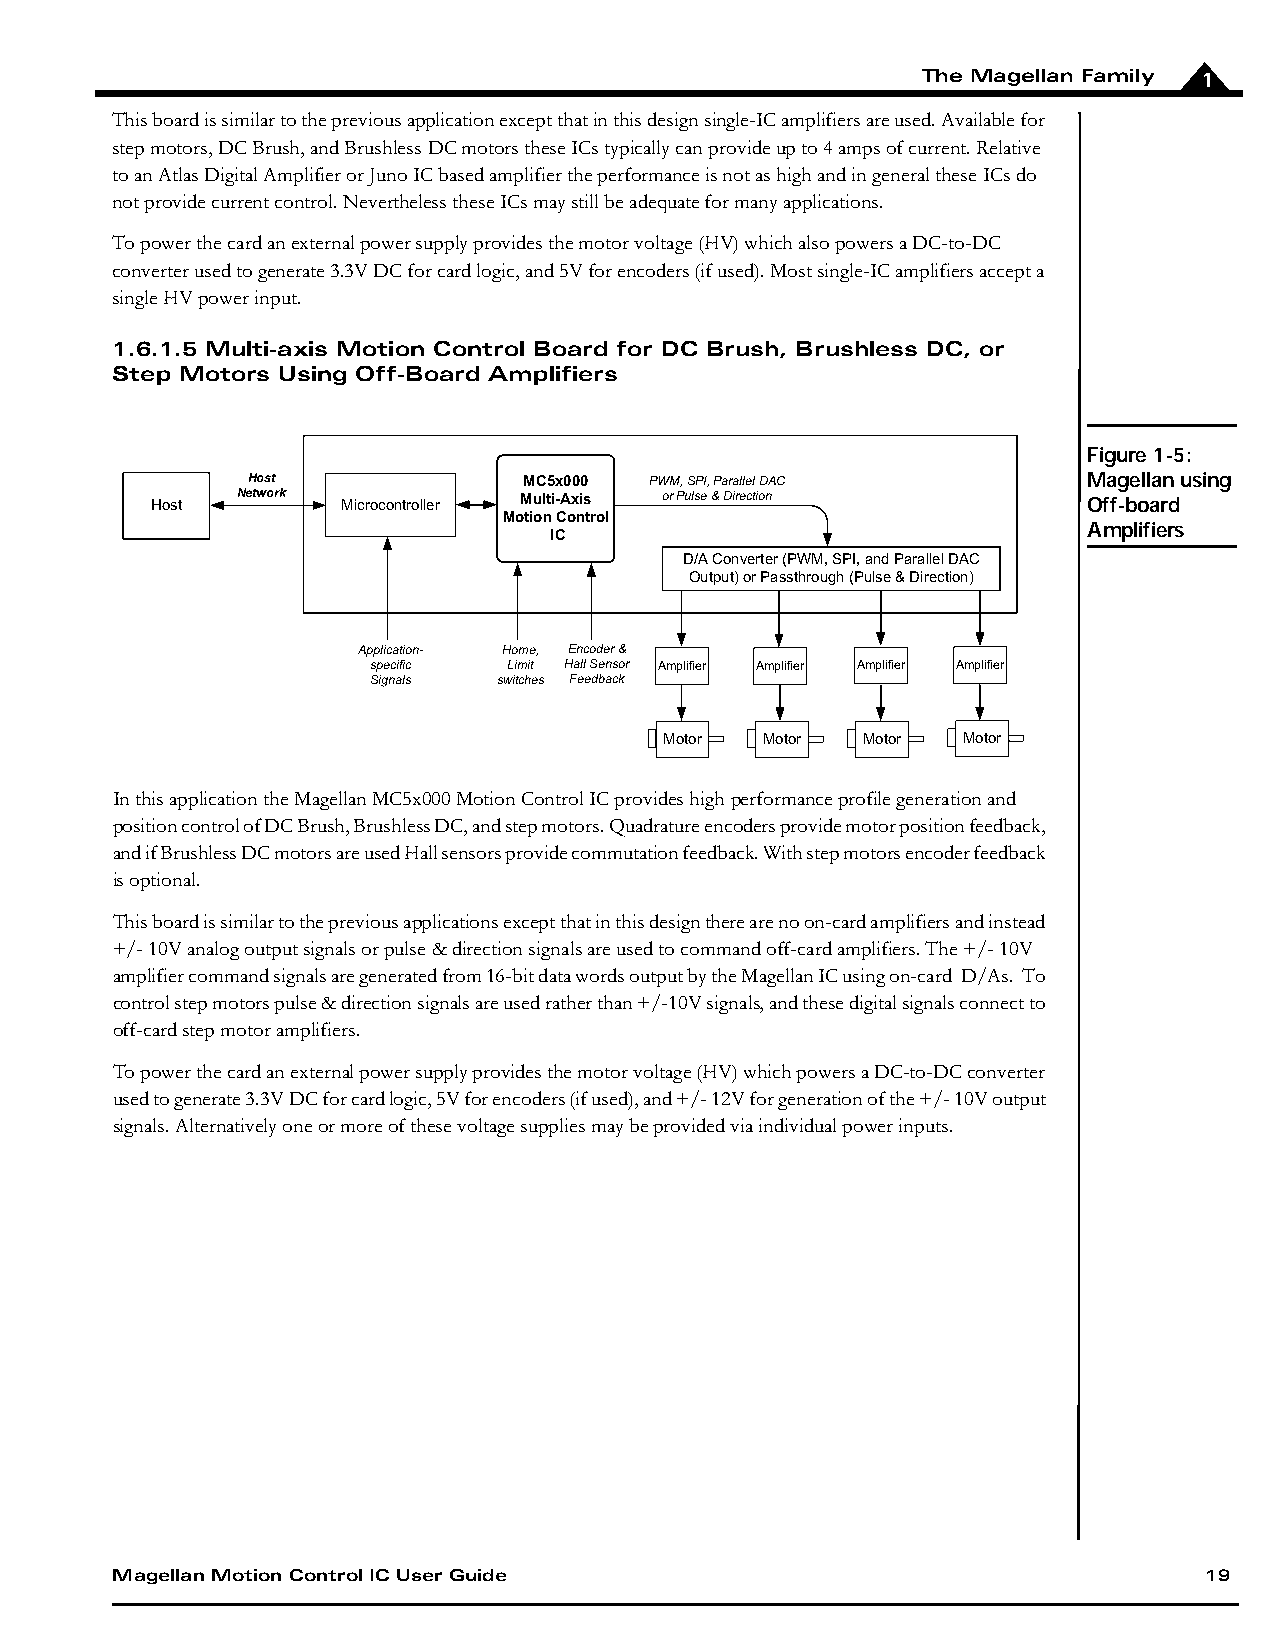
The Magellan Family 1
 This board is similar to the previous application except that in this design single-IC amplifiers are used. Available for
 step motors, DC Brush, and Brushless DC motors these ICs typically can provide up to 4 amps of current. Relative
 to an Atlas Digital Amplifier or Juno IC based amplifier the performance is not as high and in general these ICs do
 not provide current control. Nevertheless these ICs may still be adequate for many applications.
 To power the card an external power supply provides the motor voltage (HV) which also powers a DC-to-DC
 converter used to generate 3.3V DC for card logic, and 5V for encoders (if used). Most single-IC amplifiers accept a
 single HV power input.
 1.6.1.5 Multi-axis Motion Control Board for DC Brush, Brushless DC, or
 Step Motors Using Off-Board Amplifiers
 Figure 1-5:
 Host               MC5x000 PWM, SPI, Parallel DAC       Magellan using
 Host  Network Microcontroller Multi-Axis or Pulse & Direction Off-board
 Motion Control
 Amplifiers
 IC
 D/A Converter (PWM, SPI, and Parallel DAC
 Output) or Passthrough (Pulse & Direction)
 Application- Home, Encoder &
 specific  Limit Hall Sensor Amplifier Amplifier Amplifier Amplifier
 Signals  switches Feedback
 Motor  Motor Motor  Motor
 In this application the Magellan MC5x000 Motion Control IC provides high performance profile generation and
 position control of DC Brush, Brushless DC, and step motors. Quadrature encoders provide motor position feedback,
 and if Brushless DC motors are used Hall sensors provide commutation feedback. With step motors encoder feedback
 is optional.
 This board is similar to the previous applications except that in this design there are no on-card amplifiers and instead
 +/- 10V analog output signals or pulse & direction signals are used to command off-card amplifiers. The +/- 10V
 amplifier command signals are generated from 16-bit data words output by the Magellan IC using on-card D/As. To
 control step motors pulse & direction signals are used rather than +/-10V signals, and these digital signals connect to
 off-card step motor amplifiers.
 To power the card an external power supply provides the motor voltage (HV) which powers a DC-to-DC converter
 used to generate 3.3V DC for card logic, 5V for encoders (if used), and +/- 12V for generation of the +/- 10V output
 signals. Alternatively one or more of these voltage supplies may be provided via individual power inputs.
 Magellan Motion Control IC User Guide                                    19